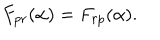
LaTeX: F _ { p r } ( \alpha ) = F _ { r p } ( \alpha ) .